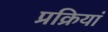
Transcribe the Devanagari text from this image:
प्रक्रियां